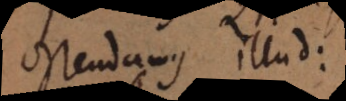
ostendamus illud: